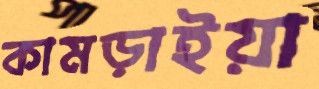
কামড়াইয়া